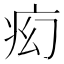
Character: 𬏠